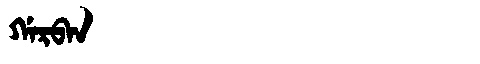
Manchu: ᡤᠠᡵᠪᠠᠨ
Romanization: GARBAN